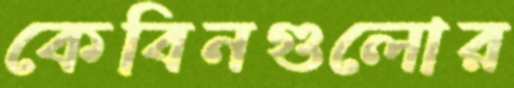
কেবিনগুলোর